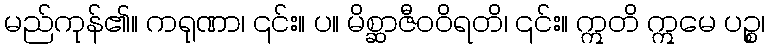
မည်ကုန်၏။ ကရုဏာ၊ ၎င်း။ ပ။ မိစ္ဆာဇီဝဝိရတိ၊ ၎င်း။ ဣတိ ဣမေ ပဉ္စ၊